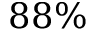
8 8 \%